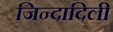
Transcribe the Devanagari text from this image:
जिन्दादिली